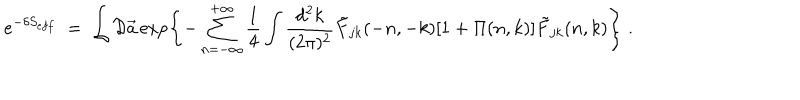
e ^ { - \delta S _ { e f f } } \; = \; \int { \cal D } \vec { a } \exp \left\{ - \sum _ { n = - \infty } ^ { + \infty } \frac { 1 } { 4 } \int \frac { d ^ { 2 } k } { ( 2 \pi ) ^ { 2 } } { \tilde { F } } _ { j k } ( - n , - k ) [ 1 + \Pi ( n , k ) ] { \tilde { F } } _ { j k } ( n , k ) \right\} \; .